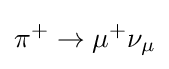
\pi ^{+}\rightarrow \mu ^{+}\nu _{\mu }